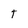
Character: t